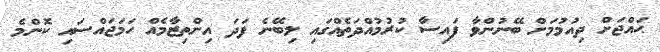
ޙައްޖަށް ދިއުމުމަށް ބޭނުންވާ ފައިސާ ކުރުމުއްދަތެއްގައި ލިބޭނެ ފަދަ އިންތިޒާމެއް ހަމަޖައްސައި ކޮންމެ